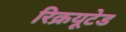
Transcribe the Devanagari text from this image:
रिक्रयूटेड